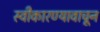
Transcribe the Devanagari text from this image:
स्वीकारण्यावाचून